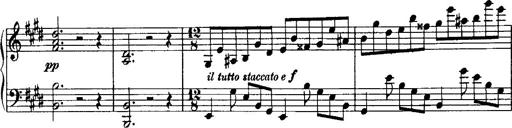
Title: Rondo di bravura
Composer: Franz Liszt